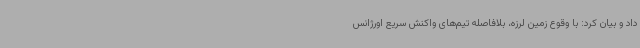
داد و بیان کرد: با وقوع زمین لرزه، بلافاصله تیم‌های واکنش سریع اورژانس